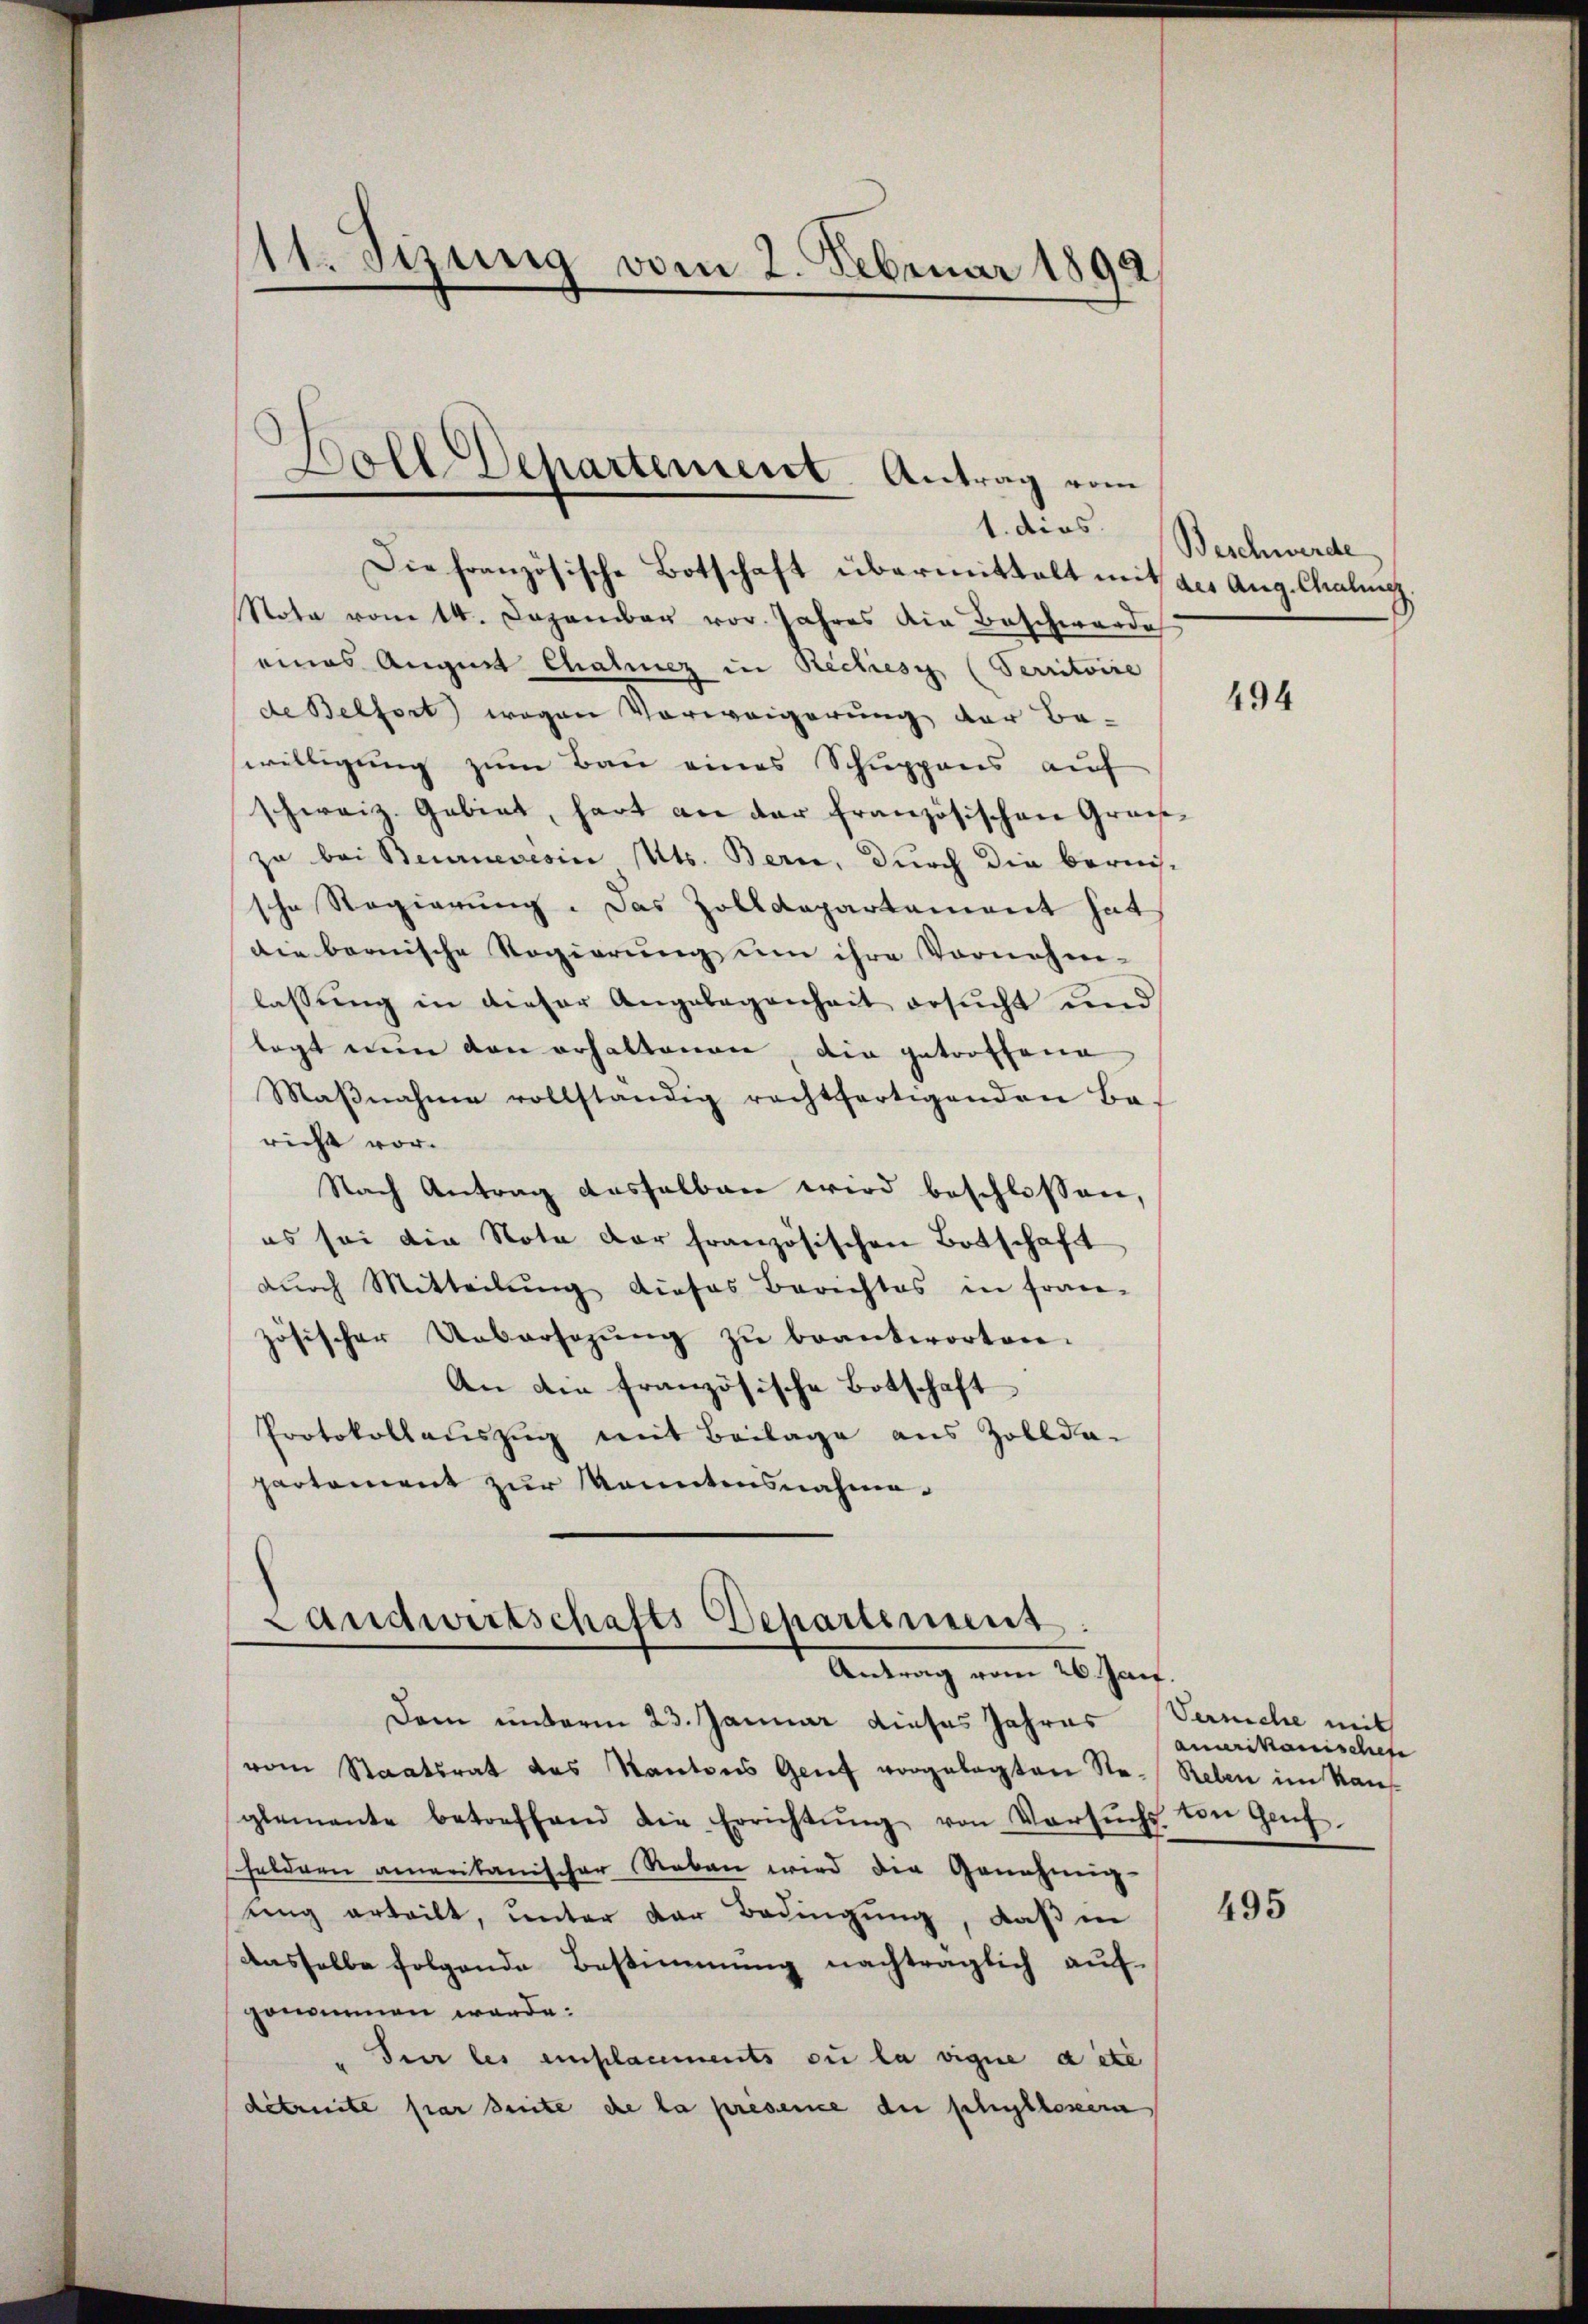
11. Jezung vom 2. Februar 1892

Die französische Botschaft übermittelt mit des Aug. Chalung.
Nota vom 14. Dezember vor. Jahres die Beschwerde
eines August Chaluez in Reches (Territoire
de Belfort wegen Vorweigerung der Be-
willigung zum Bau eines Schuppens auf
schweiz. Gebiet, hart an der französischen Gross-
za bei Beurneresia Mts. Bern, durch die bereissche Regierung. Das Zolldepartament hat
die bernische Regierŭng ŭm ihre Vornehm-
lassung in dieser Angelegenheit ersucht und
legt nun den erhaltenen die getroffene
Maβnahme vollständig rechtfertigenden Ba-
richt vor.
Nach Antrag deshalben wird beschlossen,
es sei die Nota der französischen Botschaft
durch Mitteilung dieses Berichtes in fran-
zösischer Uebersezŭng zŭ beantworten.
An die französische Botschaft
Protokollauszug mit Beilage aus Zollda-
partement zur Monntensnahme.

Doll Departement Antrag vom
1. dies

Landwirtschafts Departement.
Antrag vom 26. Jan.

Dem unterm 23. Januar dieses Jahres Vernehe mit

Beschwerde

vom Staatsrat des Kantons Genf vorgelegten Ste- Reben im Kauf-
glemente betreffend die Errichtŭng von Versŭchs
heldern amerikanischer Neben wird die Genehmig-
uing erteilt, ŭnter der Bedingŭng, daβ in
dasselbe folgende Bestimmung nachträglich aufgenommen werde.
Sur les einplacements ou la vigne dite
détruite par seite de la présence die Schillosera

494

amerikanischehe
ton Genf.

495